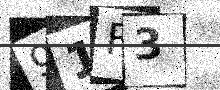
Text: 91F3